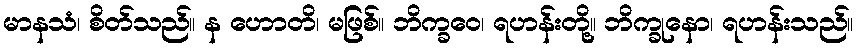
မာနသံ၊ စိတ်သည်။ န ဟောတိ၊ မဖြစ်။ ဘိက္ခဝေ၊ ရဟန်းတို့။ ဘိက္ခုနော၊ ရဟန်းသည်။